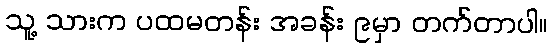
သူ့ သားက ပထမတန်း အခန်း ၉မှာ တက်တာပါ။